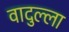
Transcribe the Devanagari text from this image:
वादुल्ला